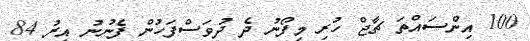
100 އިންސައްތަ ޗާޖް ހުރި މިފޯނު ދެ ދުވަސްފަހުން ފެނުނު އިރު 84